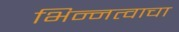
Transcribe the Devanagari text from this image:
भिन्नत्वाचा